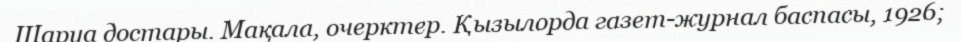
Шаруа достары. Мақала, очерктер. Қызылорда газет-журнал баспасы, 1926;